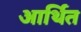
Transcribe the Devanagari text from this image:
आर्थित